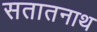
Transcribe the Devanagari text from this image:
सतातनाथ